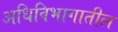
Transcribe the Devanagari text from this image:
अधिविभागातील